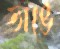
ভাঙে